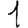
Digit: 1